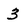
Character: 3